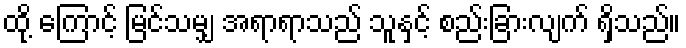
ထို့ ကြောင့် မြင်သမျှ အရာရာသည် သူနှင့် စည်းခြားလျက် ရှိသည်။